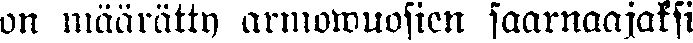
on määrätty armowuosien saarnaajaksi